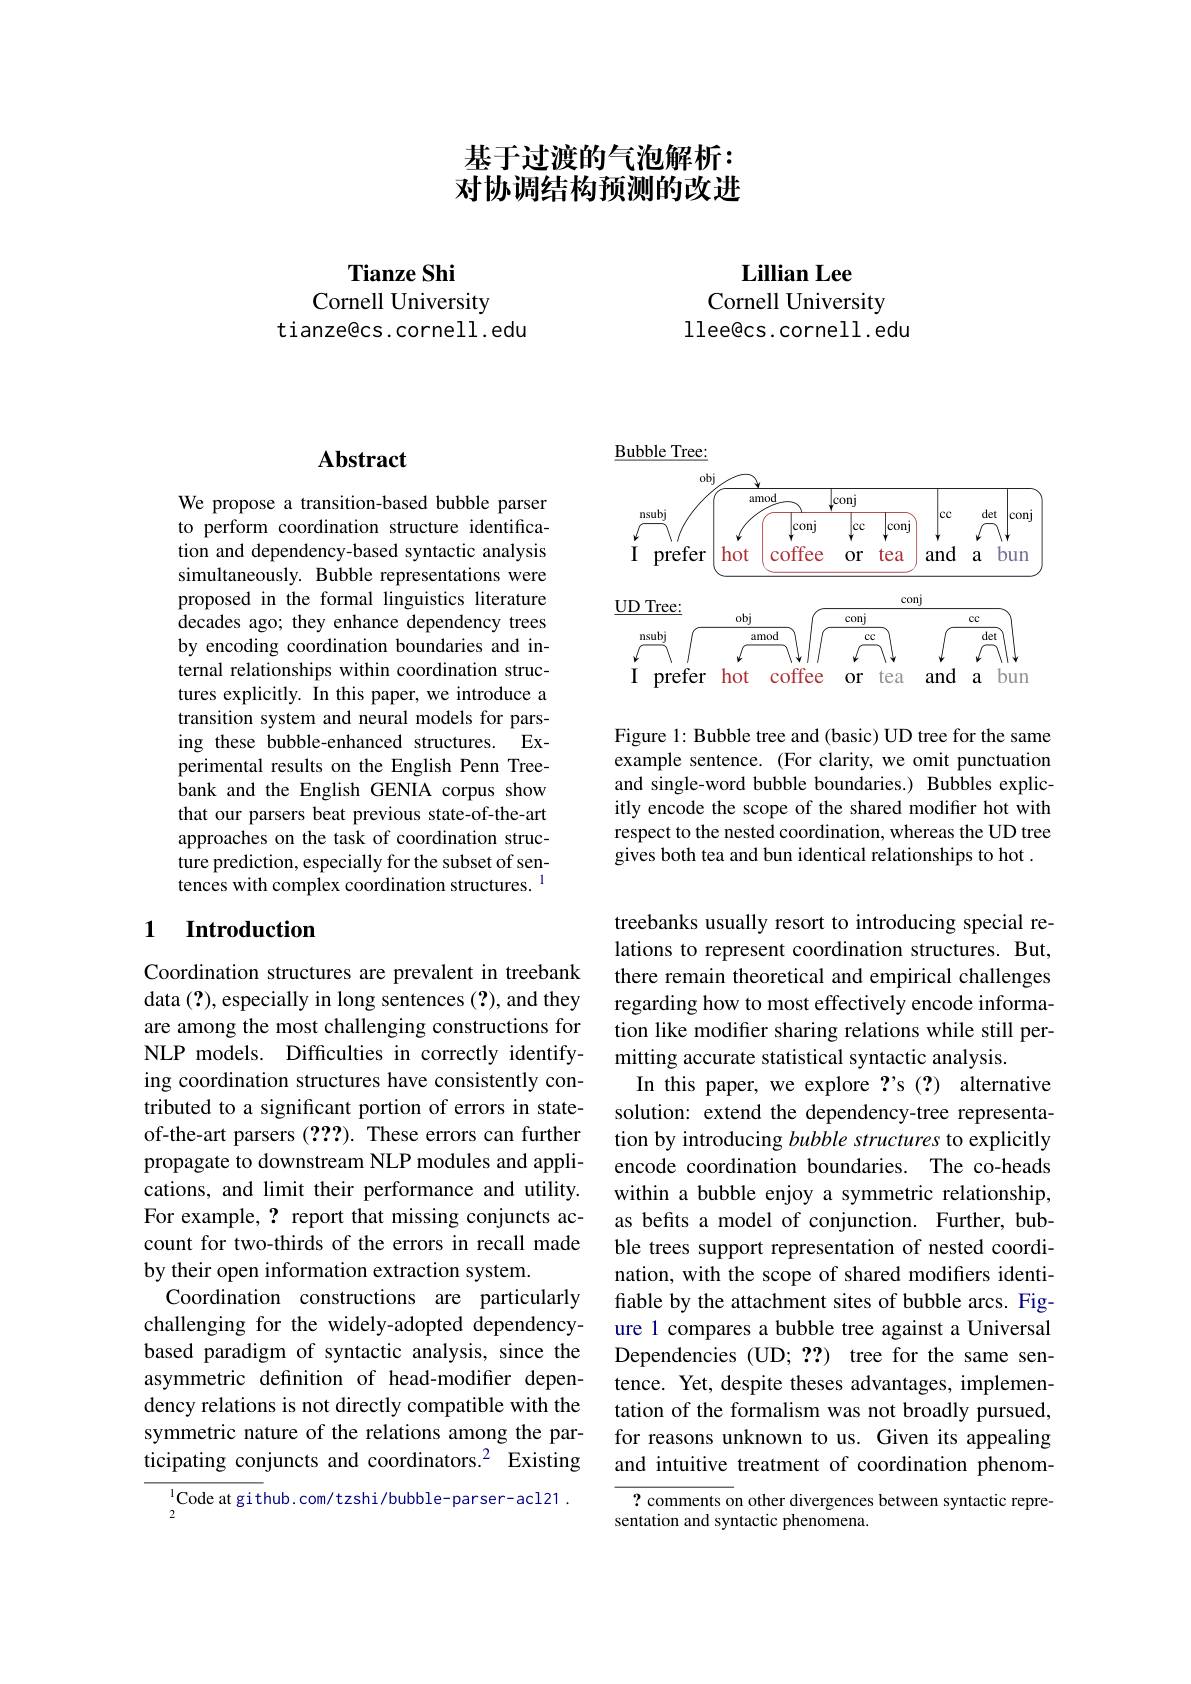
## 基于过渡的气泡解析： 对协调结构预测的改进

Tianze Shi

Cornell University
tianze@cs.cornell.edu

Lillian Lee
Cornell University

llee@cs.cornell.edu

## Abstract

We propose a transition-based bubble parser to perform coordination structure identification and dependency-based syntactic analysis simultaneously. Bubble representations were proposed in the formal linguistics literature decades ago; they enhance dependency trees by encoding coordination boundaries and internal relationships within coordination structures explicitly. In this paper, we introduce a transition system and neural models for parsing these bubble-enhanced structures. Experimental results on the English Penn Treebank and the English GENIA corpus show that our parsers beat previous state-of-the-art approaches on the task of coordination structure prediction, especially for the subset of sentences with complex coordination structures.

## 1 Introduction

Coordination structures are prevalent in treebank data (?), especially in long sentences (?), and they are among the most challenging constructions for NLP models. Difficulties in correctly identifying coordination structures have consistently contributed to a significant portion of errors in stateof-the-art parsers (2??). These errors can further propagate to downstream NLP modules and applications, and limit their performance and utility. For example, ? report that missing conjuncts account for two-thirds of the errors in recall made by their open information extraction system.
Coordination constructions are particularly challenging for the widely-adopted dependencybased paradigm of syntactic analysis, since the asymmetric defnition of head-modifier dependency relations is not directly compatible with the symmetric nature of the relations among the participating conjuncts and coordinators.$^{2}$ Existing

$^{1}$Code at github. com/tzshi/bubble-parser-acl21.

2

$\underline{\text{Bubble Tree:}}$

<FigureHere>

Figure 1: Bubble tree and (basic) UD tree for the same example sentence. (For clarity, we omit punctuation and single-word bubble boundaries.) Bubbles explicitly encode the scope of the shared modifier hot with respect to the nested coordination, whereas the UD tree gives both tea and bun identical relationships to hot .

treebanks usually resort to introducing special relations to represent coordination structures. But, there remain theoretical and empirical challenges regarding how to most effectively encode information like modifer sharing relations while still permitting accurate statistical syntactic analysis.
In this paper, we explore ?'s (?) alternative solution: extend the dependency-tree representation by introducing bubble structures to explicitly encode coordination boundaries. The co-heads within a bubble enjoy a symmetric relationship, as befits a model of conjunction. Further, bubble trees support representation of nested coordination, with the scope of shared modifiers identifiable by the attachment sites of bubble arcs. Figure 1 compares a bubble tree against a Universal Dependencies (UD; ??) tree for the same sentence. Yet, despite theses advantages, implementation of the formalism was not broadly pursued, for reasons unknown to us. Given its appealing and intuitive treatment of coordination phenom-

? comments on other divergences between syntactic repre-
sentation and syntactic phenomena.